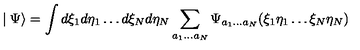
\mid \Psi \rangle = \int d \xi _ { 1 } d \eta _ { 1 } \ldots d \xi _ { N } d \eta _ { N } \sum _ { a _ { 1 } \ldots a _ { N } } \Psi _ { a _ { 1 } \ldots a _ { N } } ( \xi _ { 1 } \eta _ { 1 } \ldots \xi _ { N } \eta _ { N } )